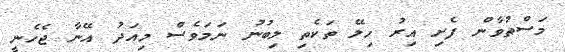
މަސްތުވާން ފެށި އިރު ހިލޭ ތަކެތި ލިބުނު ނަމަވެސް މިއަދު އޭނާ ޖެހެނީ